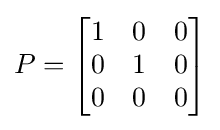
P={\begin{bmatrix}1&0&0\\0&1&0\\0&0&0\\\end{bmatrix}}